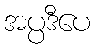
အပ္ပဒီပေ